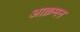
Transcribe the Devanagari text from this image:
आक्रमऩ